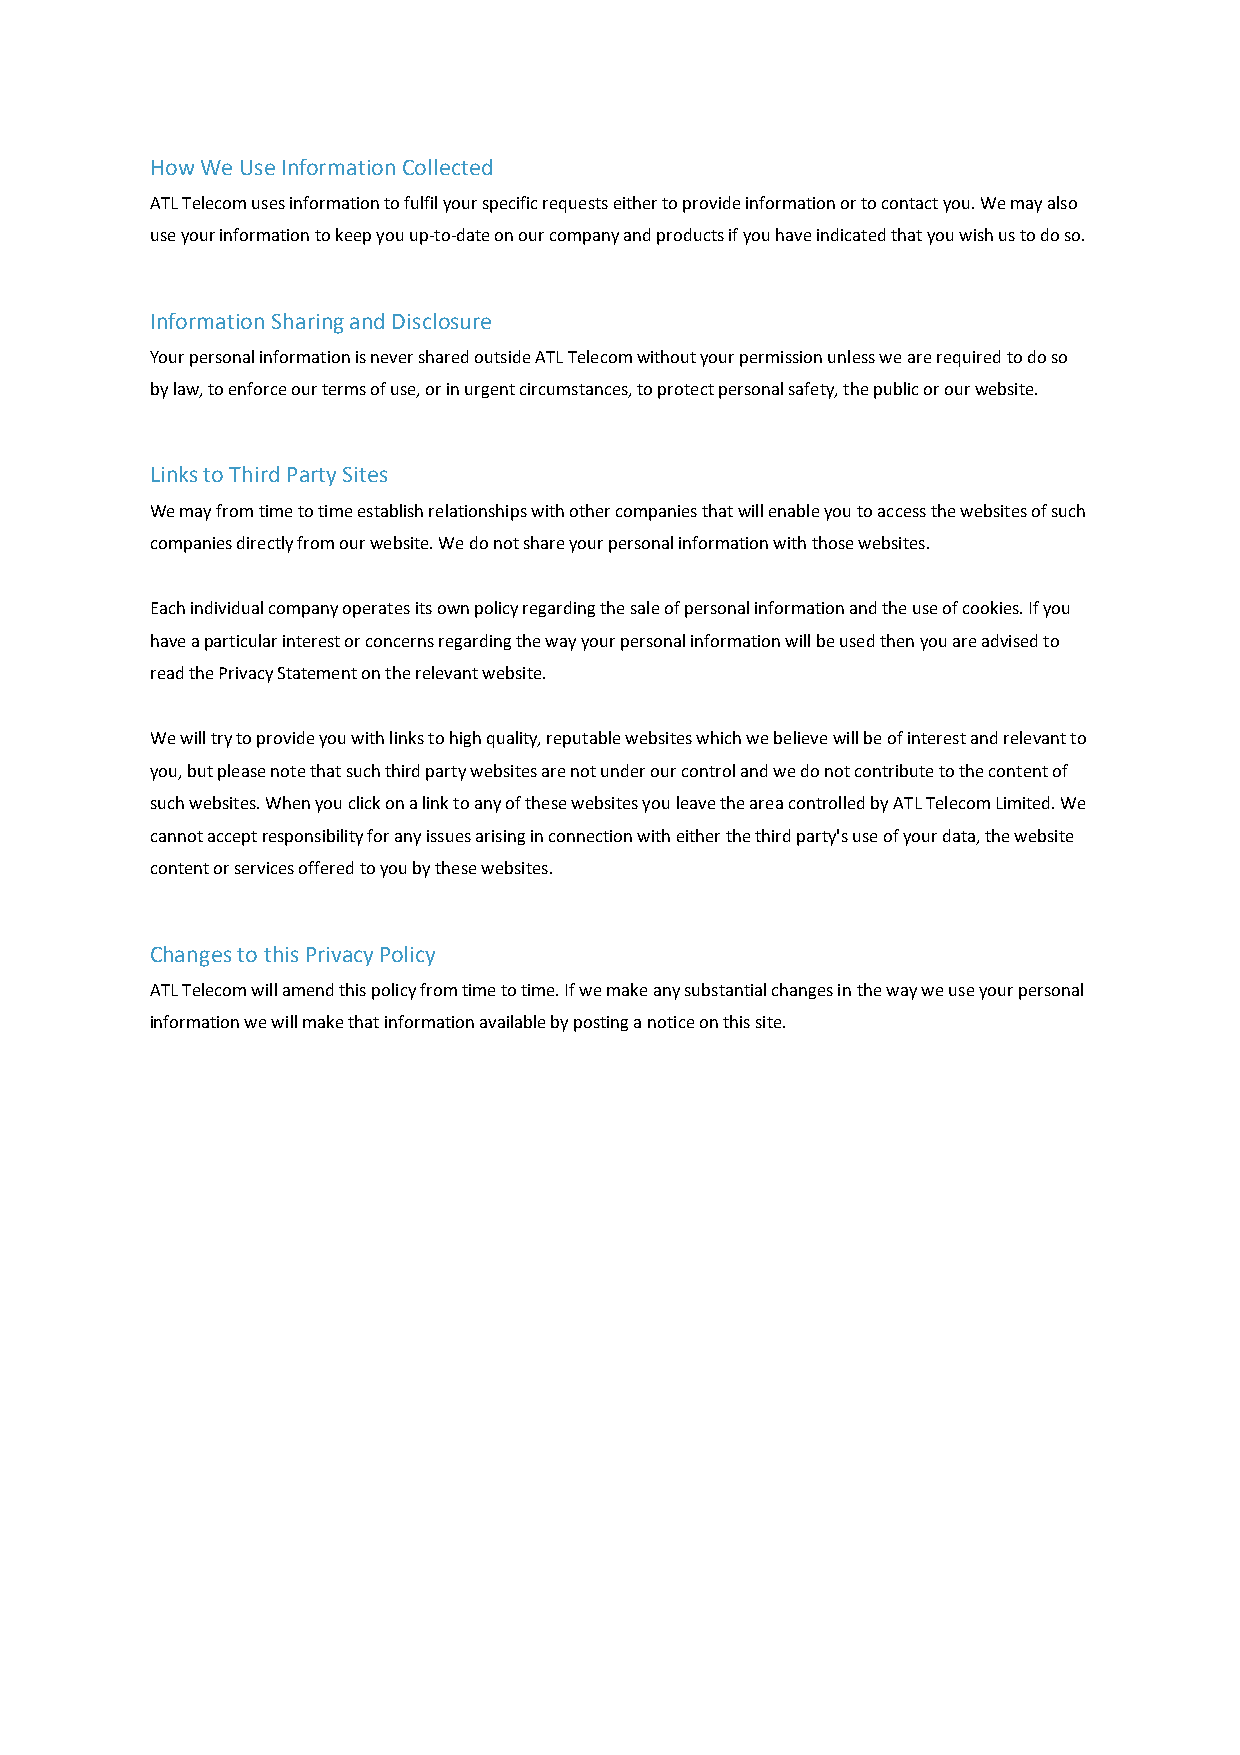
How We Use Information Collected
 ATL Telecom uses information to fulfil your specific requests either to provide information or to contact you. We may also
 use your information to keep you up-to-date on our company and products if you have indicated that you wish us to do so.
 Information Sharing and Disclosure
 Your personal information is never shared outside ATL Telecom without your permission unless we are required to do so
 by law, to enforce our terms of use, or in urgent circumstances, to protect personal safety, the public or our website.
 Links to Third Party Sites
 We may from time to time establish relationships with other companies that will enable you to access the websites of such
 companies directly from our website. We do not share your personal information with those websites.
 Each individual company operates its own policy regarding the sale of personal information and the use of cookies. If you
 have a particular interest or concerns regarding the way your personal information will be used then you are advised to
 read the Privacy Statement on the relevant website.
 We will try to provide you with links to high quality, reputable websites which we believe will be of interest and relevant to
 you, but please note that such third party websites are not under our control and we do not contribute to the content of
 such websites. When you click on a link to any of these websites you leave the area controlled by ATL Telecom Limited. We
 cannot accept responsibility for any issues arising in connection with either the third party's use of your data, the website
 content or services offered to you by these websites.
 Changes to this Privacy Policy
 ATL Telecom will amend this policy from time to time. If we make any substantial changes in the way we use your personal
 information we will make that information available by posting a notice on this site.